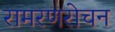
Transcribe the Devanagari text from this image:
रामरणरोचन